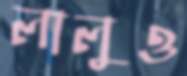
লালুও